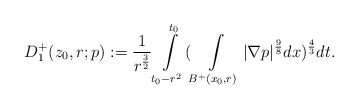
\begin{align*}D_{1}^{+}(z_{0},r;p):=\frac{1}{r^{\frac{3}{2}}}\int\limits_{t_0-r^2}^{t_0}(\int\limits_{B^{+}(x_{0},r)}|\nabla p|^{\frac{9}{8}}dx)^{\frac{4}{3}} dt.\end{align*}